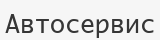
Автосервис